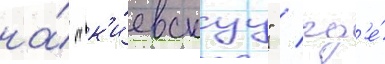
на́ "к'и́евскуу" / гд'е́